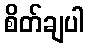
စိတ်ချပါ